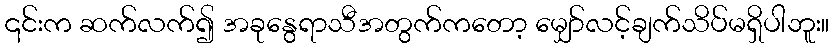
၎င်းက ဆက်လက်၍ အခုနွေရာသီအတွက်ကတော့ မျှော်လင့်ချက်သိပ်မရှိပါဘူး။